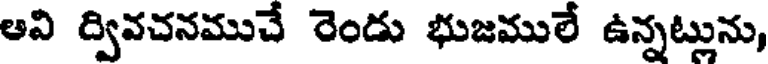
అవి ద్వివచనముచే రెండు భుజములే ఉన్నట్లును,